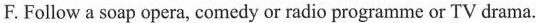
F.Follow a soap opera, comedy or radio programme or TV drama.